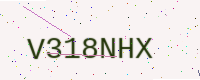
Text: V318NHX